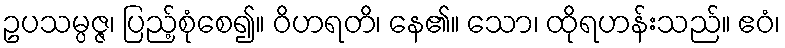
ဥပသမ္ပဇ္ဇ၊ ပြည့်စုံစေ၍။ ဝိဟရတိ၊ နေ၏။ သော၊ ထိုရဟန်းသည်။ ဧဝံ၊